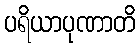
ပရိယာပုဏာတိ